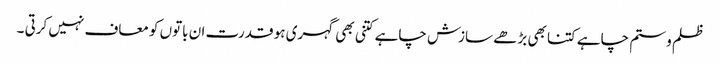
ظلم و ستم چاہے کتنا بھی بڑھے سازش چاہے کتنی بھی گہری ہو قدرت ان باتوں کو معاف نہیں کرتی ۔